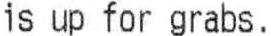
IS UP FOR GRABS.